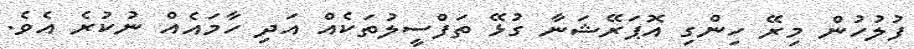
ފުލުހުން މިރޭ ހިންގި އޮޕަރޭޝަނާ ގުޅޭ ތަފްސީލުތަކެއް އަދި ހާމައެއް ނުކުރެ އެވެ.